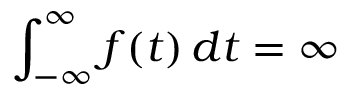
\int _ { - \infty } ^ { \infty } f ( t ) \, d t = \infty